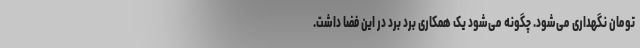
تومان نگهداری می‌شود. چگونه می‌شود یک همکاری برد برد در این فضا داشت.